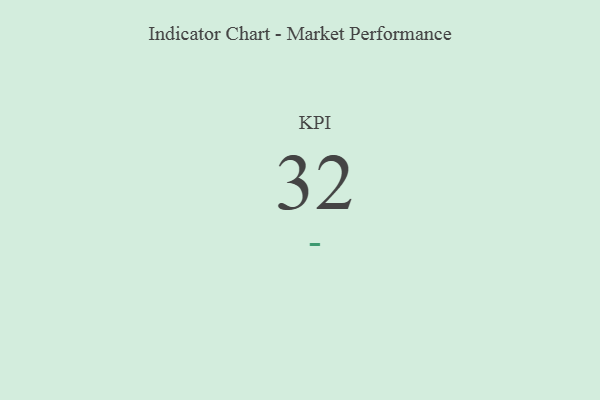
{"axis": {"x": "KPI", "y": "Value"}, "legend": [""], "data": [{"x": "KPI", "y": 32, "type": ""}]}